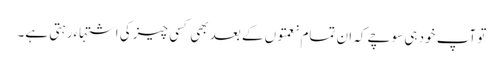
تو آپ خود ہی سوچے کہ ان تمام نعمتوں کے بعد بھی کسی چیز کی اشتہاءرہتی ہے۔